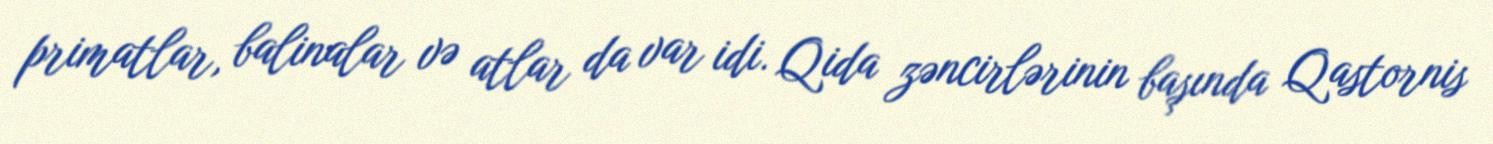
primatlar, balinalar və atlar da var idi. Qida zəncirlərinin başında Qastornis